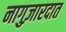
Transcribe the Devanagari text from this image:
नागुज़ारदात